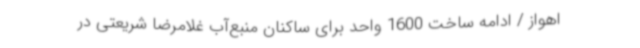
اهواز / ادامه ساخت 1600 واحد برای ساکنان منبع‌آب غلامرضا شریعتی در